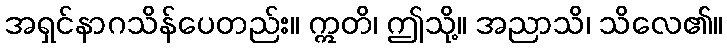
အရှင်နာဂသိန်ပေတည်း။ ဣတိ၊ ဤသို့။ အညာသိ၊ သိလေ၏။